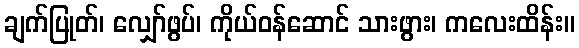
ချက်ပြုတ်၊ လျှော်ဖွပ်၊ ကိုယ်ဝန်ဆောင် သားဖွား၊ ကလေးထိန်း။